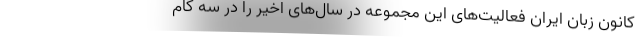
کانون زبان ایران فعالیت‌های این مجموعه در سال‌های اخیر را در سه گام